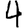
Digit: 4